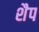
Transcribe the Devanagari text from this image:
शैप